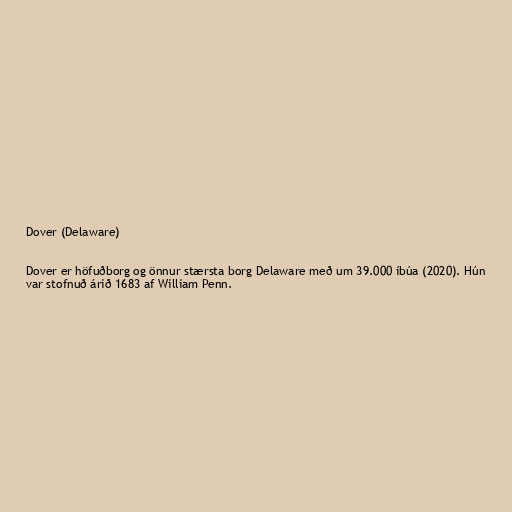
Dover (Delaware)

Dover er höfuðborg og önnur stærsta borg Delaware með um 39.000 íbúa (2020). Hún
var stofnuð árið 1683 af William Penn.